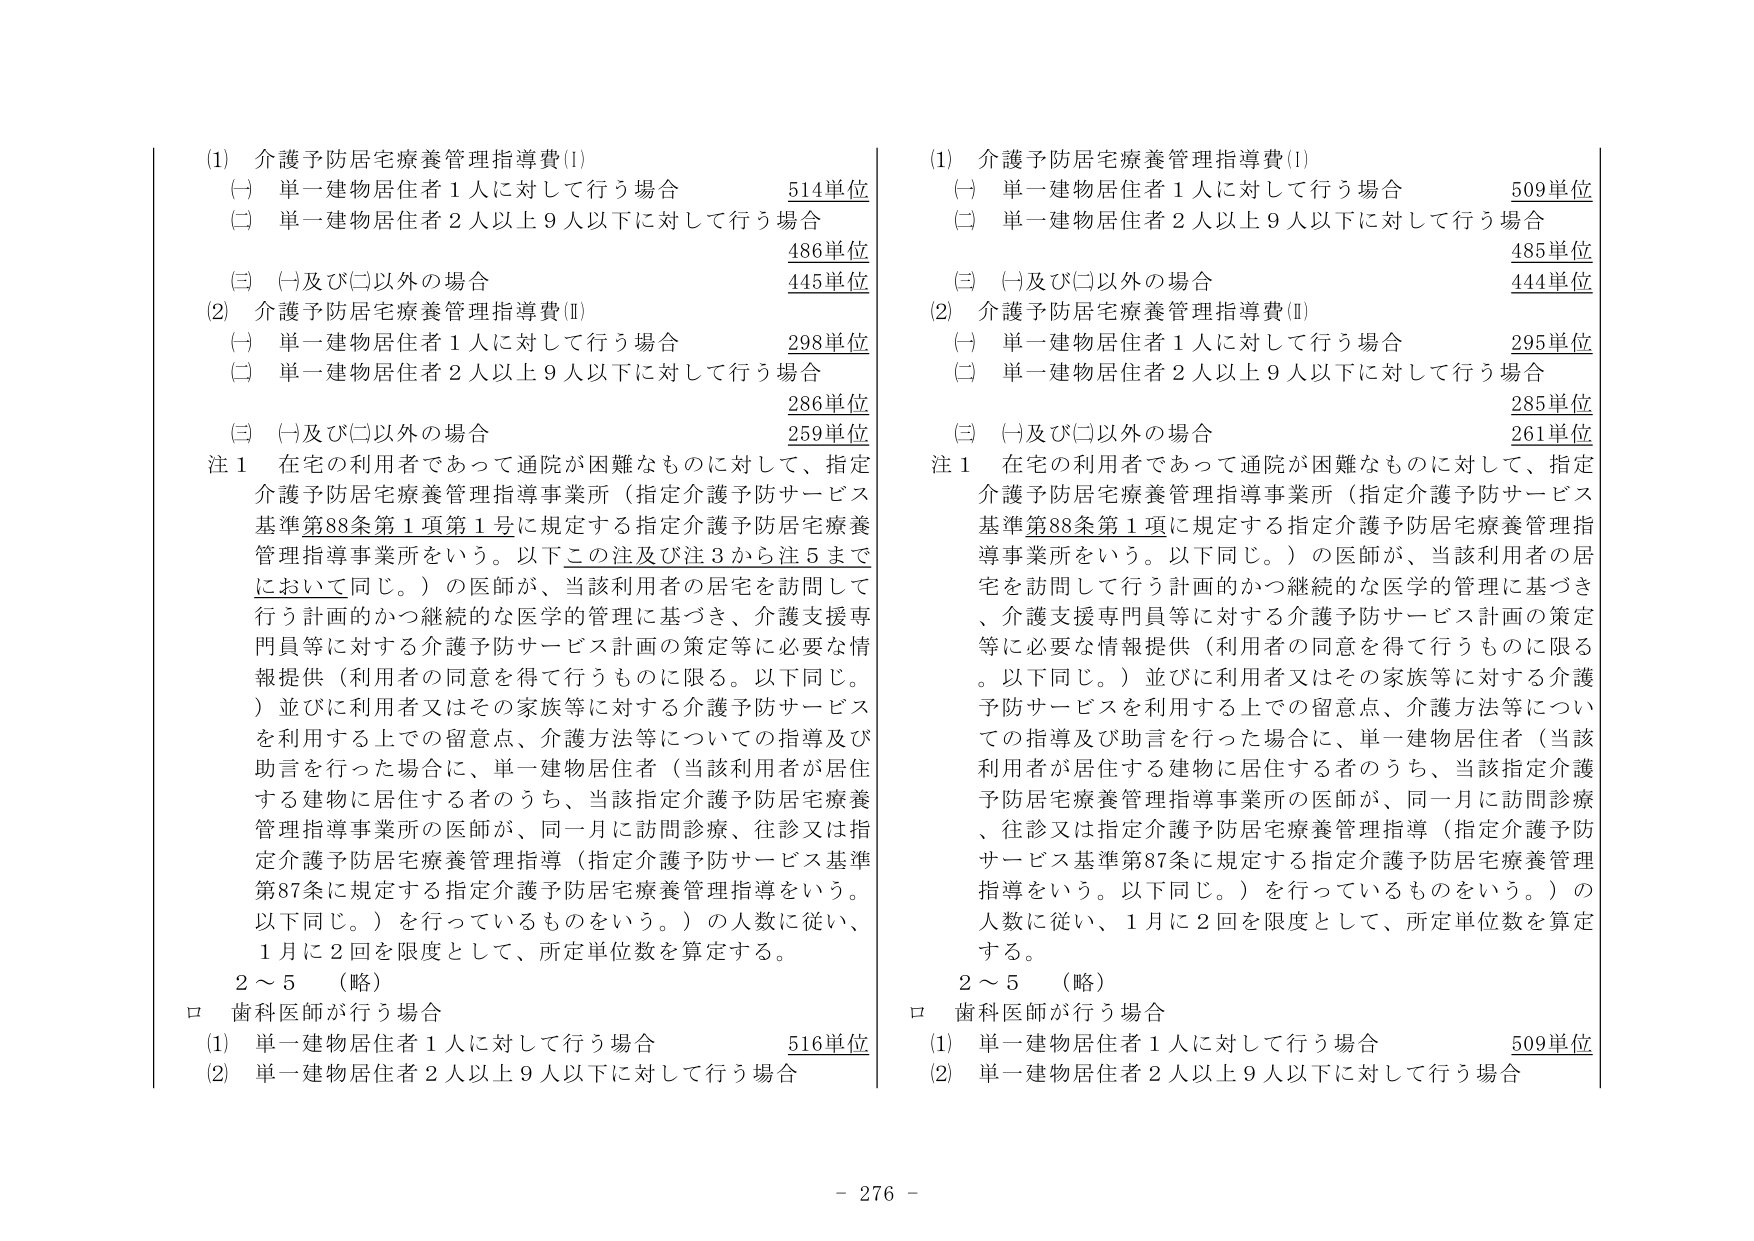
(1) 介護予防居宅療養管理指導費(I)
(一) 単一建物居住者1人に対して行う場合 514単位
(二) 単一建物居住者2人以上9人以下に対して行う場合 486単位
(三) (一)及び(二)以外の場合 445単位

(2) 介護予防居宅療養管理指導費(II)
(一) 単一建物居住者1人に対して行う場合 298単位
(二) 単一建物居住者2人以上9人以下に対して行う場合 286単位
(三) (一)及び(二)以外の場合 259単位

注1 在宅の利用者であって通院が困難なものに対して、指定介護予防居宅療養管理指導事業所（指定介護予防サービス基準第88条第1項第1号に規定する指定介護予防居宅療養管理指導事業所をいう。以下この注及び注3から注5までにおいて同じ。）の医師が、当該利用者の居宅を訪問して行う計画的かつ継続的な医学的管理に基づき、介護支援専門員等に対する介護予防サービス計画の策定等に必要な情報提供（利用者の同意を得て行うものに限る。以下同じ。）並びに利用者又はその家族等に対する介護予防サービスを利用する上での留意点、介護方法等についての指導及び助言を行った場合に、単一建物居住者（当該利用者が居住する建物に居住する者のうち、当該指定介護予防居宅療養管理指導事業所の医師が、同一月に訪問診療、往診又は指定介護予防居宅療養管理指導（指定介護予防サービス基準第87条に規定する指定介護予防居宅療養管理指導をいう。以下同じ。）を行っているものをいう。）の人数に従い、1月に2回を限度として、所定単位数を算定する。

2～5 （略）

ロ 歯科医師が行う場合
(1) 単一建物居住者1人に対して行う場合 516単位
(2) 単一建物居住者2人以上9人以下に対して行う場合

(1) 介護予防居宅療養管理指導費(I)
(一) 単一建物居住者1人に対して行う場合 509単位
(二) 単一建物居住者2人以上9人以下に対して行う場合 485単位
(三) (一)及び(二)以外の場合 444単位

(2) 介護予防居宅療養管理指導費(II)
(一) 単一建物居住者1人に対して行う場合 295単位
(二) 単一建物居住者2人以上9人以下に対して行う場合 285単位
(三) (一)及び(二)以外の場合 261単位

注1 在宅の利用者であって通院が困難なものに対して、指定介護予防居宅療養管理指導事業所（指定介護予防サービス基準第88条第1項に規定する指定介護予防居宅療養管理指導事業所をいう。以下同じ。）の医師が、当該利用者の居宅を訪問して行う計画的かつ継続的な医学的管理に基づき、介護支援専門員等に対する介護予防サービス計画の策定等に必要な情報提供（利用者の同意を得て行うものに限る。以下同じ。）並びに利用者又はその家族等に対する介護予防サービスを利用する上での留意点、介護方法等についての指導及び助言を行った場合に、単一建物居住者（当該利用者が居住する建物に居住する者のうち、当該指定介護予防居宅療養管理指導事業所の医師が、同一月に訪問診療、往診又は指定介護予防居宅療養管理指導（指定介護予防サービス基準第87条に規定する指定介護予防居宅療養管理指導をいう。以下同じ。）を行っているものをいう。）の人数に従い、1月に2回を限度として、所定単位数を算定する。

2～5 （略）

ロ 歯科医師が行う場合
(1) 単一建物居住者1人に対して行う場合 509単位
(2) 単一建物居住者2人以上9人以下に対して行う場合

- 276 -